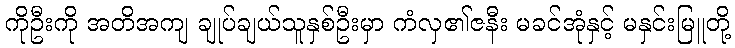
ကိုဦးကို အတိအကျ ချုပ်ချယ်သူနှစ်ဦးမှာ ကံလှ၏ဇနီး မခင်အုံနှင့် မနှင်းမြူတို့